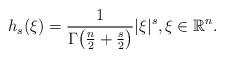
LaTeX: \begin{gather*}h_s(\xi) = \frac{1}{\Gamma\big(\frac{n}{2} +\frac{s}{2}\big)} \vert \xi\vert^s,\xi\in \mathbb R^n.\end{gather*}